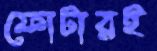
ফোটারই